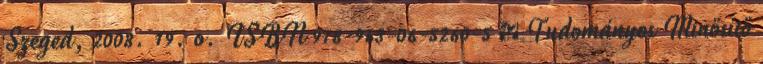
Szeged, 2008. 19. o. ISBN 978-963-06-5260-5 ↑ Tudományos Minősítő